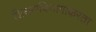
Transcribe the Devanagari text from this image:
शिक्षणविभागाकरता